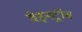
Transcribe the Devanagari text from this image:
वेइनट्रॉब